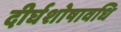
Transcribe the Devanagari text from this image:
दीर्घशोषावधि